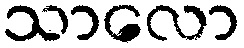
သာလော